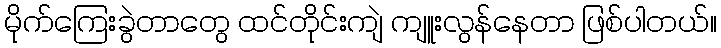
မိုက်ကြေးခွဲတာတွေ ထင်တိုင်းကျဲ ကျူးလွန်နေတာ ဖြစ်ပါတယ်။